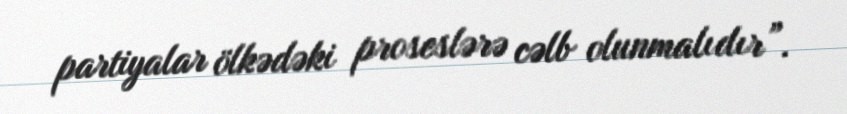
partiyalar ölkədəki proseslərə cəlb olunmalıdır”.